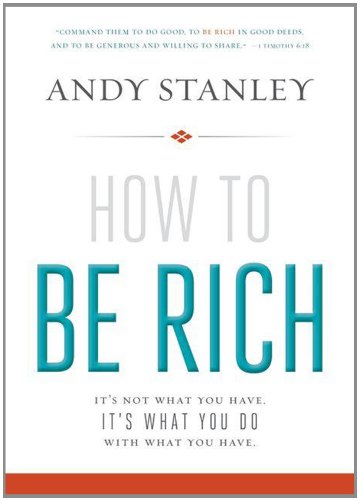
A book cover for How to Be Rich: It's Not What You Have. It's What You Do With What You Have.; Andy Stanley; Christian Books & Bibles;